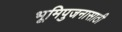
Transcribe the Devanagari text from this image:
भूमिपुजनासाठी